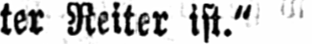
ter Reiter ist.“